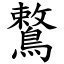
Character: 鷘